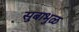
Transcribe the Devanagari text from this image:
सुबाभुळ